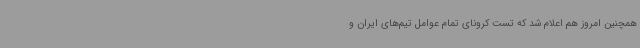
همچنین امروز هم اعلام شد که تست کرونای تمام عوامل تیم‌های ایران و